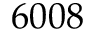
6 0 0 8